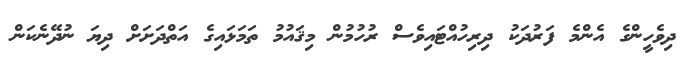
ދިވެހީންގެ އެންމެ ފަރުދަކު ދިރިހުއްޓައިވެސް ރުހުމުން މިޤައުމު ތަމަޅައިގެ އަތްދަށަށް ދިޔަ ނުދޭނެކަން